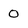
Character: 0